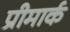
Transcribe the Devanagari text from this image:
प्रीमार्क